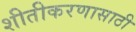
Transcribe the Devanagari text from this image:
शीतीकरणासाठी